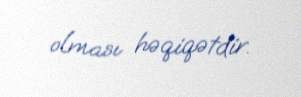
olması həqiqətdir.